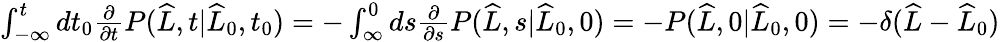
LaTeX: \begin{array}{r}{\int_{-\infty}^{t}dt_{0}\frac{\partial}{\partial t}P(\widehat{L},t|\widehat{L}_{0},t_{0})=-\int_{\infty}^{0}ds\frac{\partial}{\partial s}P(\widehat{L},s|\widehat{L}_{0},0)=-P(\widehat{L},0|\widehat{L}_{0},0)=-\delta(\widehat{L}-\widehat{L}_{0})}\end{array}